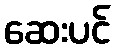
ဆေးပင်